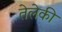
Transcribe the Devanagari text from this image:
तेलेकी